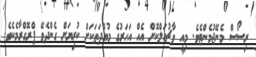
ރިސޯސް މެނޭޖުމެންޓެވެ. މިއީ ވާޗުއަލްކޮށް އެއް އަހަރުގެ މުއްދަތަކަށް ކުރިޔަށް ގެންދެވޭ ޕްރޮގްރާމެކެވެ.